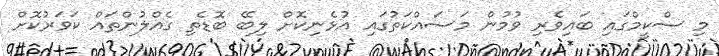
މި ސްކީމްގައި ބައިވެރި ވުމުން މަސައްކަތުގައި އުޅެނިކޮށް ލިބޭ ބޮޑެތި ގެއްލުންތައް ކަވަރުކޮށް